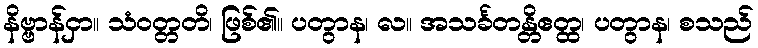
နိဗ္ဗာန်ငှာ။ သံဝတ္တတိ၊ ဖြစ်၏။ ပတွာန၊ လ။ အသင်္ခတန္တိဧတ္ထ၊ ပတွာန၊ စသည်